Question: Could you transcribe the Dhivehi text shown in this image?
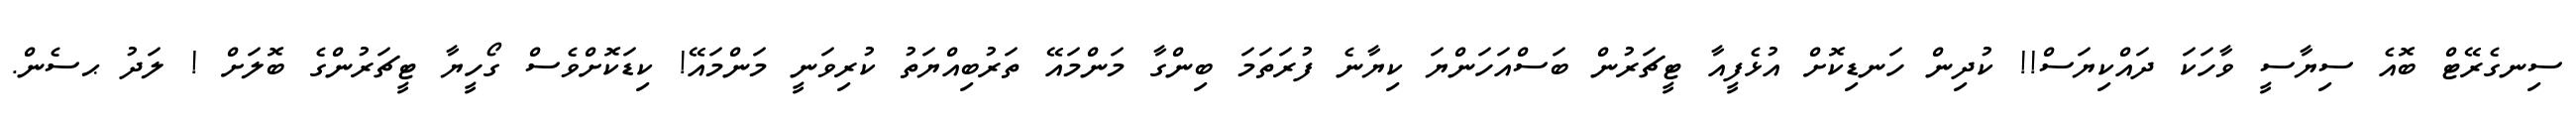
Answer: ސިނގެރޭޓް ބޮއެ ސިޔާސީ ވާހަކަ ދައްކިޔަސް!! ކުދިން ހަނޑިކޮށް އުޅެފީއާ ޓީޗަރުން ބަސްއަހަންޔަ ކިޔާނެ ފުރަތަމަ ބިންގާ މަންމައޭ ތަރުބިއްޔަތު ކުރިވަނީ މަންމައޭ! ކިޑަކޮށްވެސް ގޯހީޔާ ޓީޗަރުންގެ ބޮލަށް ! ލަދު ޙސެން.